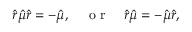
\hat { r } \hat { \mu } \hat { r } = - \hat { \mu } , \quad \mathrm { ~ o ~ r ~ } \quad \hat { r } \hat { \mu } = - \hat { \mu } \hat { r } ,